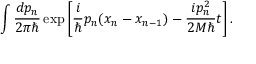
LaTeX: \int \frac { d p _ { n } } { 2 \pi \hbar } \exp \left[ \frac { i } { \hbar } p _ { n } ( x _ { n } - x _ { n - 1 } ) - \frac { i p _ { n } ^ { 2 } } { 2 M \hbar } t \right] . \nonumber